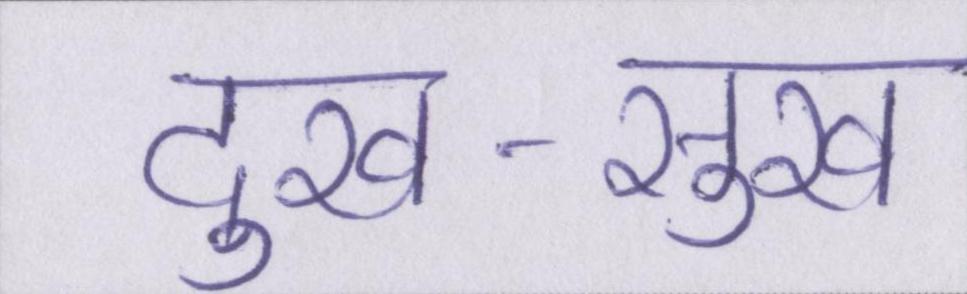
दुख-सुख